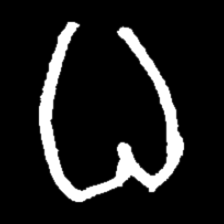
Pyu character \u2014 Myanmar letter: ဓ (romanized: dha)